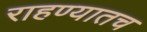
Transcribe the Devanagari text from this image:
राहण्यातच